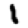
Digit: 1